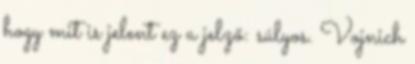
hogy mit is jelent ez a jelző: súlyos. Vojnich